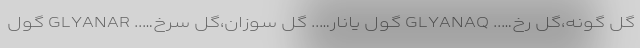
گل گونه،گل رخ….. GLYANAQ گول یانار….. گل سوزان،گل سرخ….. GLYANAR گول